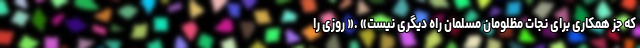
که جز همکاری برای نجات مظلومان مسلمان راه دیگری نیست» .« روزی را